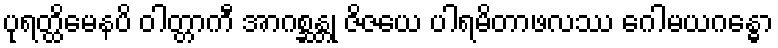
ပုရတ္ထိမေနပိ ဝါတ္တာကီ အာဂစ္ဆန္တု ဇိဇယေ ပါရမိတာဖလဿ ဂေါမယဂန္ဓော